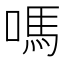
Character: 嗎